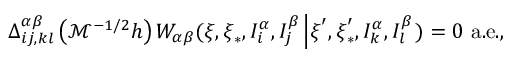
\Delta _ { i j , k l } ^ { \alpha \beta } \left( \mathcal { M } ^ { - 1 / 2 } h \right) W _ { \alpha \beta } ( \boldsymbol { \xi } , \boldsymbol { \xi } _ { \ast } , I _ { i } ^ { \alpha } , I _ { j } ^ { \beta } \left\vert \boldsymbol { \xi } ^ { \prime } , \boldsymbol { \xi } _ { \ast } ^ { \prime } , I _ { k } ^ { \alpha } , I _ { l } ^ { \beta } \right. ) = 0 \mathrm { ~ a . e . , }